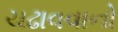
ચઢાવવાનો